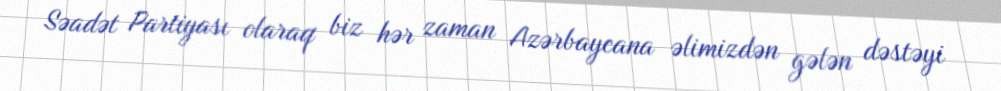
Səadət Partiyası olaraq biz hər zaman Azərbaycana əlimizdən gələn dəstəyi